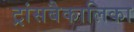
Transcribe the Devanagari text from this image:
ट्रांसबैकालिका